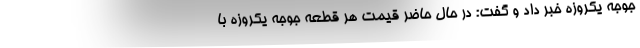
جوجه یکروزه خبر داد و گفت: در حال حاضر قیمت هر قطعه جوجه یکروزه با